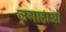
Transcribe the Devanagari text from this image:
जगाहाओं